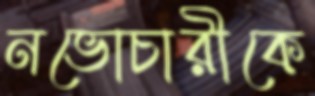
নভোচারীকে